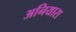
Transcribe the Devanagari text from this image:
अनियारा